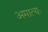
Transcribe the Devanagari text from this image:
अमात्यः